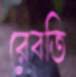
রেবতি